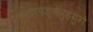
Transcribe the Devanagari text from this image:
चरणपङ्केरुहयुगे